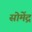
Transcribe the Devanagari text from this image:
सोमेंद्र